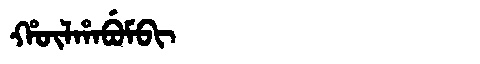
Manchu: ᡥᡡᠯᡥᠠᠪᡠᠮᠪᡳ
Romanization: HŪLHABUMBI